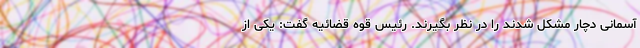
آسمانی دچار مشکل شدند را در نظر بگیرند. رئیس قوه قضائیه گفت: یکی از